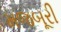
મજબૂરી